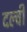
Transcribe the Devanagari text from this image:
दल्वी